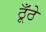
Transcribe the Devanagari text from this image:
ठूँठे